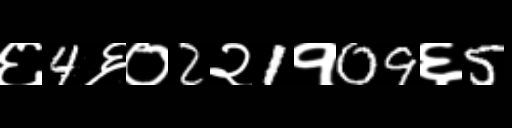
Text: ६4६०2२1१09६5